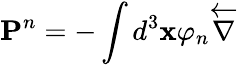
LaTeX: \mathbf{P}^{n}=-\int d^{3}\mathbf{x}\varphi_{n}\overleftarrow{\nabla}